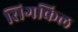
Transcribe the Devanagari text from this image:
सिगकिल